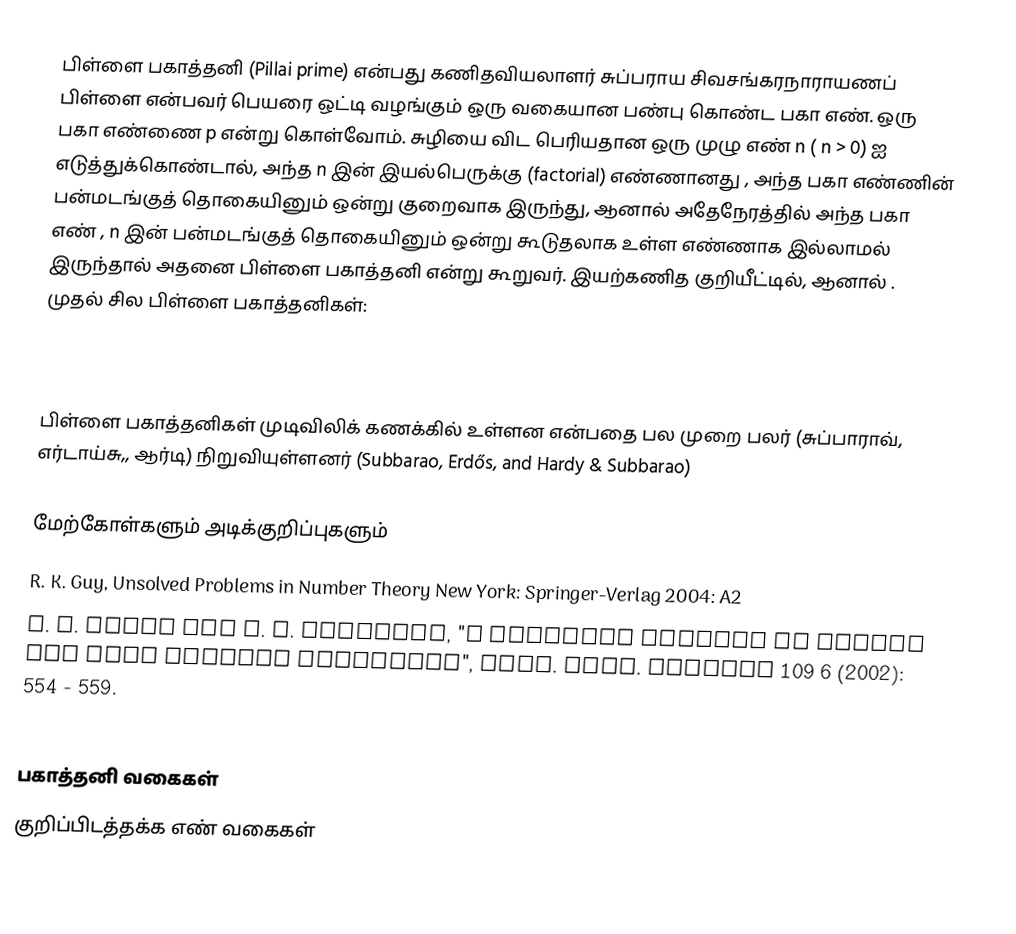
பிள்ளை பகாத்தனி (Pillai prime) என்பது கணிதவியலாளர் சுப்பராய சிவசங்கரநாராயணப் பிள்ளை என்பவர் பெயரை ஒட்டி வழங்கும் ஒரு வகையான பண்பு கொண்ட பகா எண். ஒரு பகா எண்ணை  p  என்று கொள்வோம்.  சுழியை விட பெரியதான ஒரு முழு எண் n  ( n > 0) ஐ எடுத்துக்கொண்டால், அந்த n இன் இயல்பெருக்கு (factorial) எண்ணானது ,  அந்த பகா எண்ணின் பன்மடங்குத் தொகையினும் ஒன்று குறைவாக இருந்து, ஆனால்  அதேநேரத்தில் அந்த பகா எண் ,  n இன் பன்மடங்குத் தொகையினும் ஒன்று கூடுதலாக உள்ள எண்ணாக இல்லாமல் இருந்தால் அதனை பிள்ளை பகாத்தனி என்று கூறுவர். இயற்கணித குறியீட்டில்,  ஆனால் . முதல் சில பிள்ளை பகாத்தனிகள்:

23, 29, 59, 61, 67, 71, 79, 83, 109, 137, 139, 149, 193, ...

பிள்ளை பகாத்தனிகள் முடிவிலிக் கணக்கில் உள்ளன என்பதை பல முறை பலர் (சுப்பாராவ், எர்டாய்சு,, ஆர்டி) நிறுவியுள்ளனர் (Subbarao, Erdős, and Hardy & Subbarao)

மேற்கோள்களும் அடிக்குறிப்புகளும்
 R. K. Guy, Unsolved Problems in Number Theory New York: Springer-Verlag 2004: A2
 G. E. Hardy and M. V. Subbarao, "A modified problem of Pillai and some related questions", Amer. Math. Monthly 109 6 (2002): 554 - 559.

பகாத்தனி வகைகள்
குறிப்பிடத்தக்க எண் வகைகள்